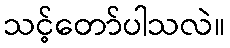
သင့်တော်ပါသလဲ။